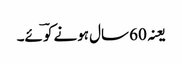
یعنہ 60 سال ہونے کو ؔئے۔